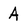
Character: A